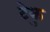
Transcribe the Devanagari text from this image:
टेकु